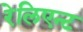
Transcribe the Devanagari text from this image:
रेलिएन्ट